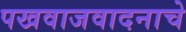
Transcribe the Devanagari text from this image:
पखवाजवादनाचे